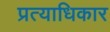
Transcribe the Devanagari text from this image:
प्रत्याधिकार